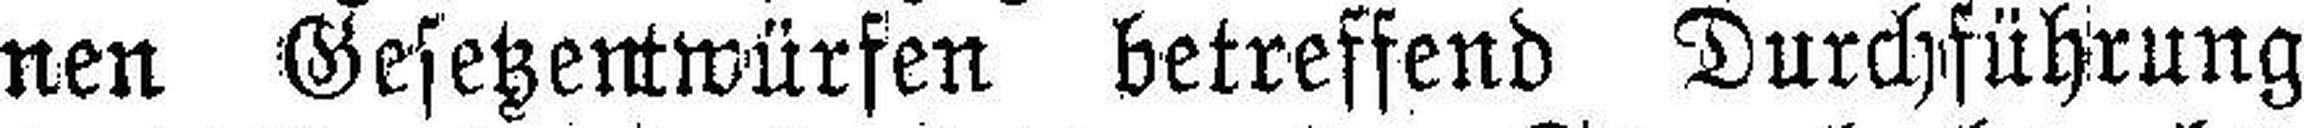
nen Gesetzentwürfen betreffend Durchführung